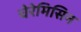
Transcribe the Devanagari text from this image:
चेरेमिसिन